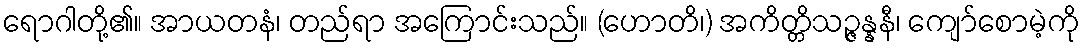
ရောဂါတို့၏။ အာယတနံ၊ တည်ရာ အကြောင်းသည်။ (ဟောတိ၊) အကိတ္တိသဉ္ဇန္နနီ၊ ကျော်စောမဲ့ကို